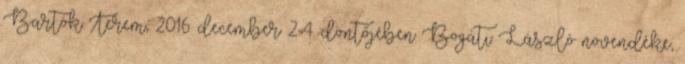
Bartók Terem, 2016. december 2-4. döntőjében Bogáti László növendéke,